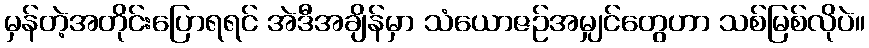
မှန်တဲ့အတိုင်းပြောရရင် အဲဒီအချိန်မှာ သံယောဇဉ်အမျှင်တွေဟာ သစ်မြစ်လိုပဲ။